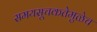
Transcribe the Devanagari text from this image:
समयसूचकतेमुळेच